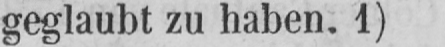
geglaubt zu haben. 1)